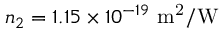
n _ { 2 } = 1 . 1 5 \times 1 0 ^ { - 1 9 } \ \mathrm { m ^ { 2 } / W }